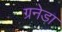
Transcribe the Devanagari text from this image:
ग्रनेडा